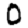
Digit: 0